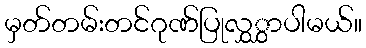
မှတ်တမ်းတင်ဂုဏ်ပြုလွှွှာပါမယ်။